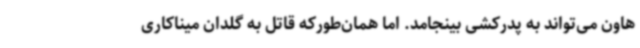
هاون می‌تواند به پدرکشی بینجامد. اما همان‌طورکه قاتل به گلدان میناکاری